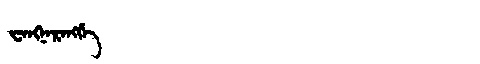
Manchu: ᠸᠠᠩᠨᠠᡵᠠᠩᡤᡝ
Romanization: WANGNARANGGE